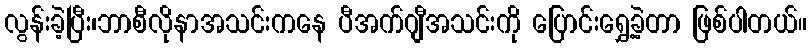
လွန်းခဲ့ပြီး၊ဘာစီလိုနာအသင်းကနေ ပီအက်ဂျီအသင်းကို ပြောင်းရွှေ့ခဲ့တာ ဖြစ်ပါတယ်။